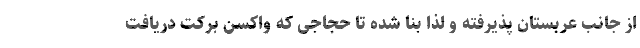
از جانب عربستان پذیرفته و لذا بنا شده تا حجاجی که واکسن برکت دریافت